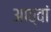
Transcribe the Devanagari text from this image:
आठ्वां